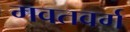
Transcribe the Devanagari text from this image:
गवतवर्ग